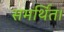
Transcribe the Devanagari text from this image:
समर्थित।